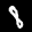
Label: 8